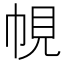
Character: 𭘠